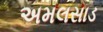
અમલસાડ